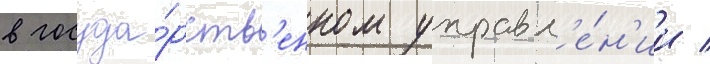
в госуда́рств'енном управл'е́н'ии /